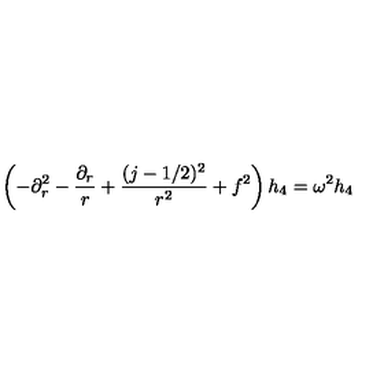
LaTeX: \left( - \partial _ { r } ^ { 2 } - { \frac { \partial _ { r } } { r } } + { \frac { ( j - 1 / 2 ) ^ { 2 } } { r ^ { 2 } } } + f ^ { 2 } \right) h _ { 4 } = \omega ^ { 2 } h _ { 4 }